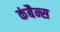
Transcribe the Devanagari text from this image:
कंबैन्स